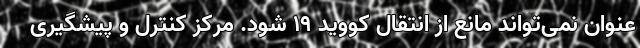
عنوان نمی‌تواند مانع از انتقال کووید ۱۹ شود. مرکز کنترل و پیشگیری